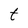
Character: t